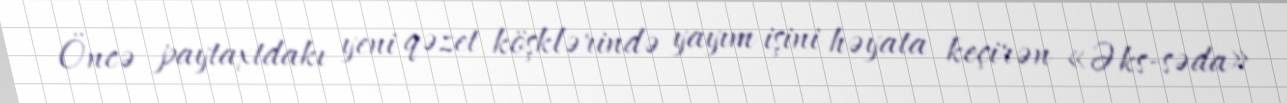
Öncə paytaxtdakı yeni qəzet köşklərində yayım işini həyata keçirən «Əks-səda»